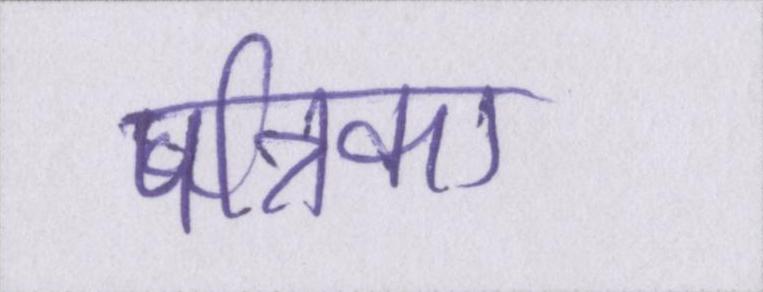
पत्रिका